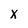
Character: X